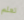
تعلم